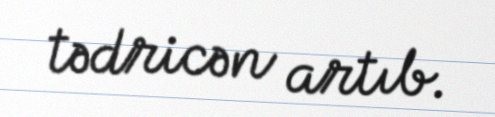
tədricən artıb.